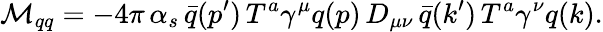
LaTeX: {\cal M}_{qq}=-4\pi\, \alpha_{s}\, {\bar{q}}(p^{\prime})\, T^{a}\gamma^{\mu}q(p)\, D_{\mu\nu}\, {\bar{q}}(k^{\prime})\, T^{a}\gamma^{\nu}q(k).